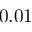
0 . 0 1